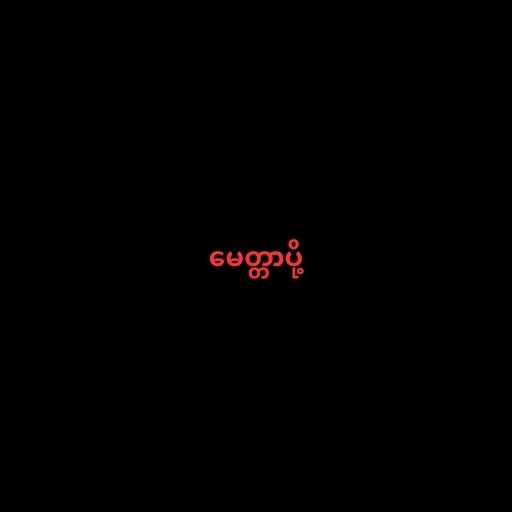
မေတ္တာပို့